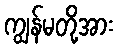
ကျွန်မတို့အား